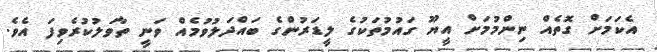
އެކަމަށް ގޮތެއް ނިންމުމަށް އީޔޫ ގައުމުތަކުގެ ލީޑަރުންގެ ބައްދަލުވުމެއް ވަނީ ތާވަލުކުރެވިފަ އެވެ.